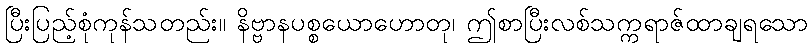
ပြီးပြည့်စုံကုန်သတည်း။ နိဗ္ဗာနပစ္စယောဟောတု၊ ဤစာပြီးလစ်သက္ကရာဇ်ထာချရသော